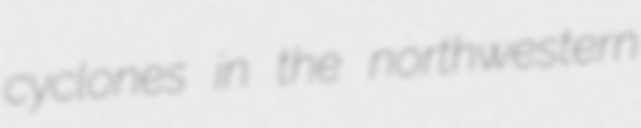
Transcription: cyclones in the northwestern